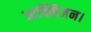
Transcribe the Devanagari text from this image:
आक्सिजन।